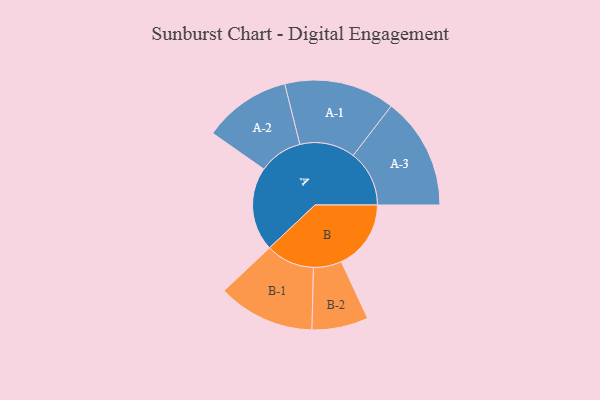
{"axis": {"x": "Segment", "y": "Value"}, "legend": ["", "A", "B"], "data": [{"x": "A", "y": 408, "type": ""}, {"x": "B", "y": 339, "type": ""}, {"x": "A-1", "y": 269, "type": "A"}, {"x": "A-2", "y": 213, "type": "A"}, {"x": "A-3", "y": 273, "type": "A"}, {"x": "B-1", "y": 236, "type": "B"}, {"x": "B-2", "y": 137, "type": "B"}]}